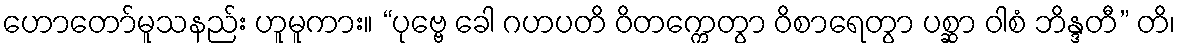
ဟောတော်မူသနည်း ဟူမူကား။ “ပုဗ္ဗေ ခေါ ဂဟပတိ ဝိတက္ကေတွာ ဝိစာရေတွာ ပစ္ဆာ ဝါစံ ဘိန္ဒတီ” တိ၊